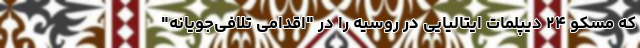
که مسکو ۲۴ دیپلمات ایتالیایی در روسیه را در "اقدامی تلافی‌جویانه"